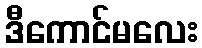
ဒီကောင်မလေး